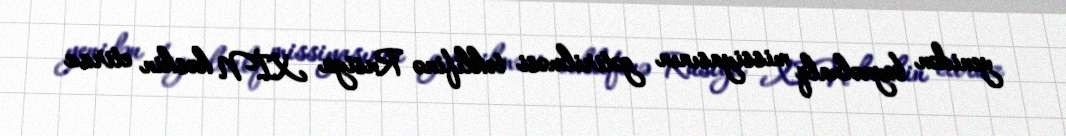
yenidən beynəlxalq missiyasının gətirilməsi təklifinə Rusiya XİN kəskin etiraz